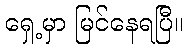
ရှေ့မှာ မြင်နေရပြီ။